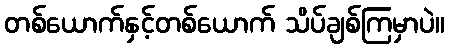
တစ်ယောက်နှင့်တစ်ယောက် သိပ်ချစ်ကြမှာပဲ။